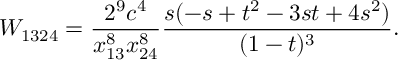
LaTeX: W _ { 1 3 2 4 } = \frac { 2 ^ { 9 } c ^ { 4 } } { x _ { 1 3 } ^ { 8 } x _ { 2 4 } ^ { 8 } } \frac { s ( - s + t ^ { 2 } - 3 s t + 4 s ^ { 2 } ) } { ( 1 - t ) ^ { 3 } } .